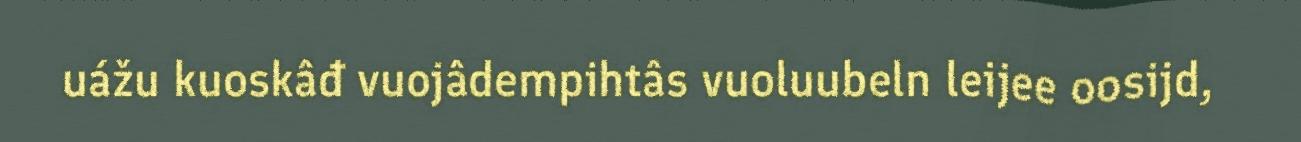
uážu kuoskâđ vuojâdempihtâs vuoluubeln leijee oosijd,